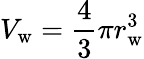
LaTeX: V_{\mathrm{{w}}}={\frac{4}{3}}\pi r_{\mathrm{{w}}}^{3}